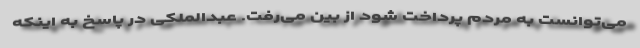
می‌توانست به مردم پرداخت شود از بین می‌رفت. عبدالملکی در پاسخ به اینکه